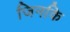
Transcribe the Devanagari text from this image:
जिनकि